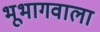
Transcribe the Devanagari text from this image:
भूभागवाला